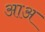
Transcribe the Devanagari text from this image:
आअ